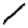
Digit: 1